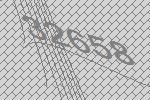
32658